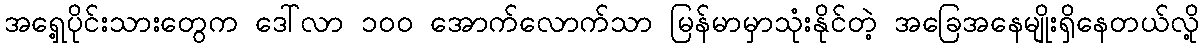
အရှေ့ပိုင်းသားတွေက ဒေါ်လာ ၁၀၀ အောက်လောက်သာ မြန်မာမှာသုံးနိုင်တဲ့ အခြေအနေမျိုးရှိနေတယ်လို့